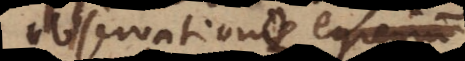
observatione olim